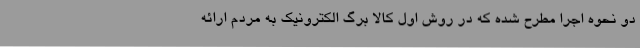
دو نحوه اجرا مطرح شده که در روش اول کالا برگ الکترونیک به مردم ارائه